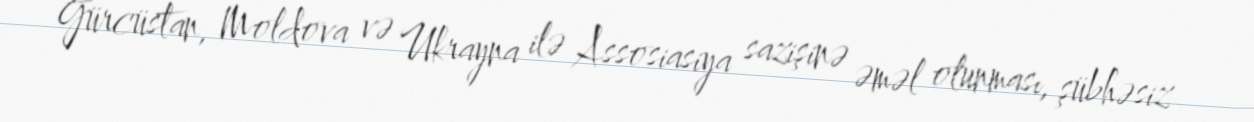
Gürcüstan, Moldova və Ukrayna ilə Assosiasiya sazişinə əməl olunması, şübhəsiz